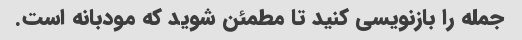
جمله را بازنویسی کنید تا مطمئن شوید که مودبانه است.